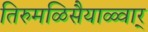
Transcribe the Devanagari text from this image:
तिरुमळिसैयाळ्वार्